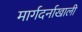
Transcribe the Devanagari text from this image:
मार्गदर्नाखाली